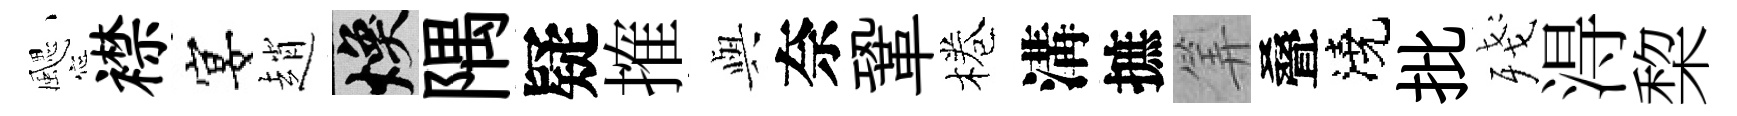
颸襟宴趙焕隅疑搉𫤰奈鞏棬溝摭筭叠澆批殘淂棃